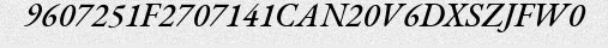
9607251F2707141CAN20V6DXSZJFW0